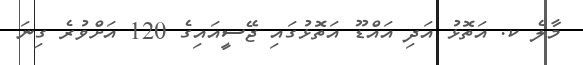
މާލެ ކ. އަތޮޅު އަދި އައްޑޫ އަތޮޅުގައި ޖޭސީއައިގެ 120 އަށްވުރެ ގިނަ